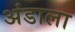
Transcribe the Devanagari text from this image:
अंडाला